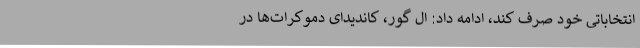
انتخاباتی خود صرف کند، ادامه داد: ال گور، کاندیدای دموکرات‌ها در